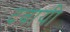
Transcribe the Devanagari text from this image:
दबायी